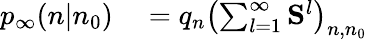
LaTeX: \begin{array}{rl}{p_{\infty}(n|n_{0})}&{{}=q_{n}\left(\sum_{l=1}^{\infty}\mathbf{S}^{l}\right)_{n,n_{0}}}\end{array}